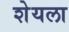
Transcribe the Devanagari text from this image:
शेयला